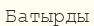
Батырды